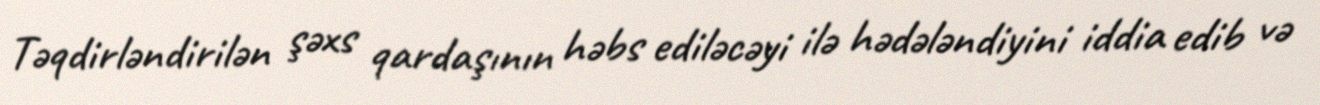
Təqdirləndirilən şəxs qardaşının həbs ediləcəyi ilə hədələndiyini iddia edib və